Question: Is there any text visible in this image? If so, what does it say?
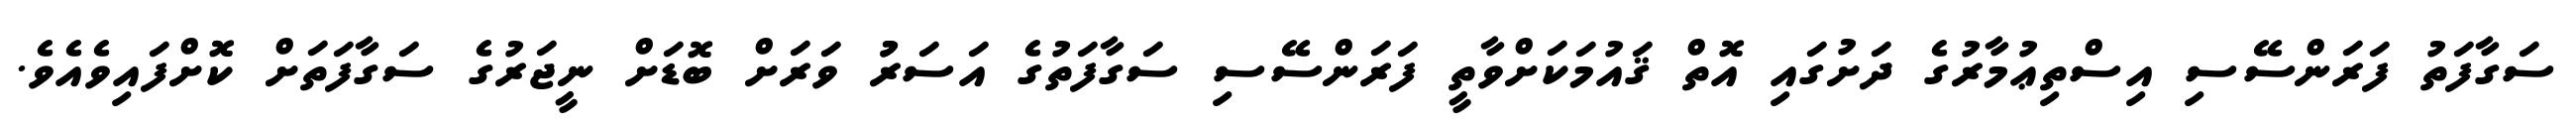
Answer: ސަގާފަތު ފަރަންސޭސި އިސްތިޢުމާރުގެ ދަށުގައި އޮތް ޤައުމަކަށްވާތީ ފަރަންސޭސި ސަގާފަތުގެ އަސަރުު ވަރަށް ބޮޑަށް ނީޖަރުގެ ސަގާފަތަށް ކޮށްފައިވެއެވެ.